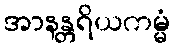
အာနန္တရိယကမ္မံ